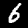
Label: 6